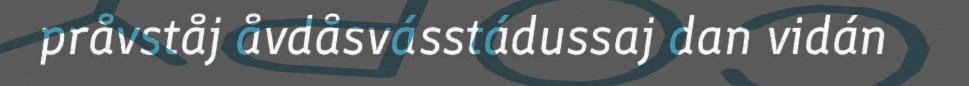
pråvståj åvdåsvásstádussaj dan vidán